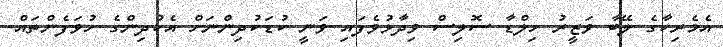
އެމެރިކާގެ ލޭބާ ވަޒީރު ހިލްޑާ ސޮލިސް ވިދާޅުވެފައި ވަނީ ކުޑަކުދިންނަށް އެކުދިންގެ ހުވަފެންތައް